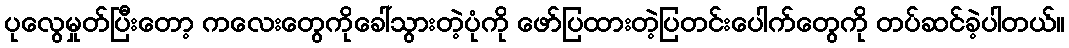
ပုလွေမှုတ်ပြီးတော့ ကလေးတွေကိုခေါ်သွားတဲ့ပုံကို ဖော်ပြထားတဲ့ပြတင်းပေါက်တွေကို တပ်ဆင်ခဲ့ပါတယ်။